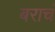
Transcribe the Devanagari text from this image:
बराचं